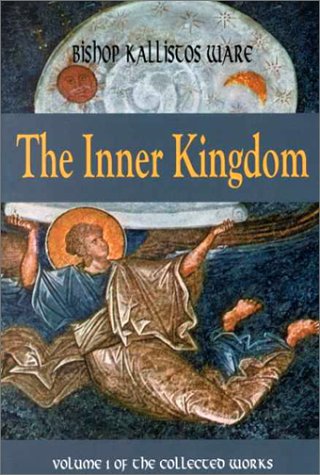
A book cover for The Inner Kingdom: Volume 1 of the Collected Works; Kallistos Ware; Christian Books & Bibles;